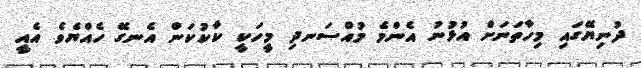
ދުނިޔޭގައި މިހާތަނަށް އުޅުނު އެންމެ މުއްސަނދި މީހަކީ ކާކުކަން އެނގޭ ހެއްޔެވެ އެއީ